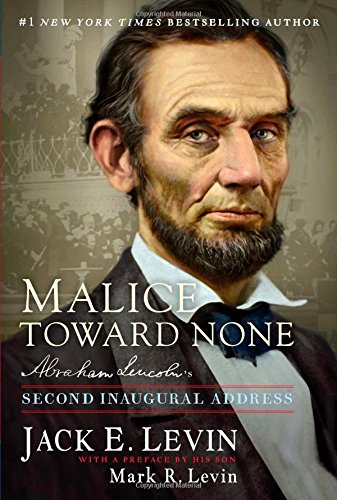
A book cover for Malice Toward None: Abraham Lincoln's Second Inaugural Address; Jack E. Levin; Literature & Fiction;